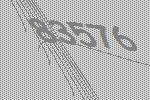
83576